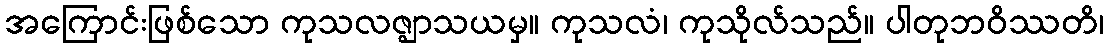
အကြောင်းဖြစ်သော ကုသလဇ္ဈာသယမှ။ ကုသလံ၊ ကုသိုလ်သည်။ ပါတုဘဝိဿတိ၊